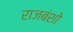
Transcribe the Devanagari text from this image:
राजबंशो